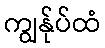
ကျွန်ုပ်ထံ